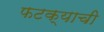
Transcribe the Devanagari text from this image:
फटक्याची